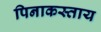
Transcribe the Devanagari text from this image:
पिनाकस्ताय